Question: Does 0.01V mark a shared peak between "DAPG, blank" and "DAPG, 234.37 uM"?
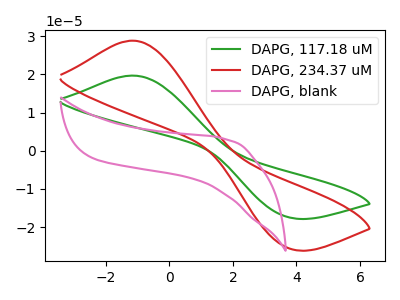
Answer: <think>The green curve "DAPG, 117.18 uM" has an anodic peak at (-1.15V, 19.70uA) and a cathodic peak at (3.75V, -17.40uA). The red curve "DAPG, 234.37 uM" has an anodic peak at (-1.15V, 28.85uA) and a cathodic peak at (3.75V, -25.50uA). The pink curve "DAPG, blank" has no peaks.</think>
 <answer>No, "DAPG, blank" and "DAPG, 234.37 uM" dont share a peak at 0.01V.</answer>
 <eval>mismatch</eval>